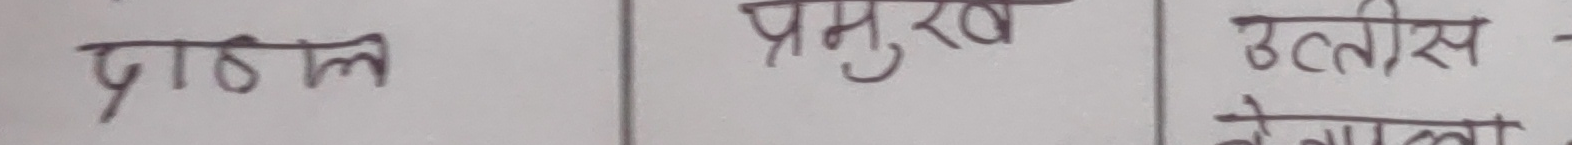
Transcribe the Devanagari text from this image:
पाठल प्रमुख उन्नीस नेपाला